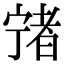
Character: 𡪄